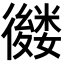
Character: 𢖕